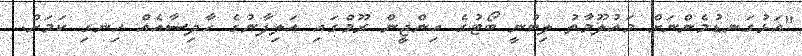
"އަޅުގަނޑުމެންނަށް މައުލޫމާތު ލިބުނީ ބޯޓުގެ އިންޖީން ރޫމްގައި އަލިފާނުގެ ހާދިސާއެއް ހިނގި ކަމަށް.